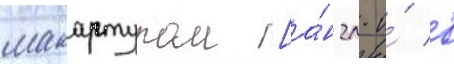
макартуром [а́нгл. и́ в